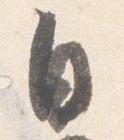
自